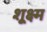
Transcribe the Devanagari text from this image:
शूक्ष्म